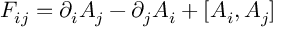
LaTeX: F _ { i j } = \partial _ { i } A _ { j } - \partial _ { j } A _ { i } + [ A _ { i } , A _ { j } ]